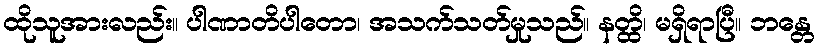
ထိုသူအားလည်း။ ပါဏာတိပါတော၊ အသက်သတ်မှုသည်။ နတ္ထိ၊ မရှိရာပြီ။ ဘန္တေ